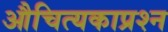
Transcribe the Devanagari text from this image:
औचित्यकाप्रश्न